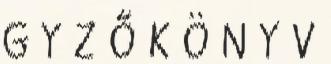
G Y Z Ő K Ö N Y V